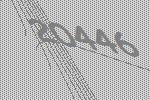
20446